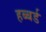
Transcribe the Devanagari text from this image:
हब्बर्ड